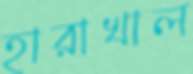
হারাখাল